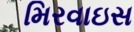
મિરવાઇસ